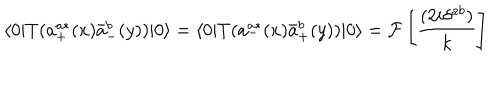
\langle 0 | T ( a _ { + } ^ { a * } ( x ) \bar { a } _ { - } ^ { b } ( y ) ) | 0 \rangle = \langle 0 | T ( a _ { - } ^ { a * } ( x ) \bar { a } _ { + } ^ { b } ( y ) ) | 0 \rangle = { \cal F } \left[ \frac { ( 2 i \delta ^ { a b } ) } { k } \right]